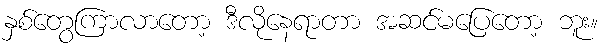
နှစ်တွေကြာလာတော့ ဒီလိုနေရာတာ အဆင်မပြေတော့ ဘူး။